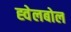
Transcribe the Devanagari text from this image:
ह्वेलबोल